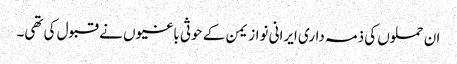
ان حملوں کی ذمہ داری ایرانی نواز یمن کے حوثی باغیوں نے قبول کی تھی۔